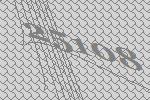
25108